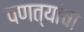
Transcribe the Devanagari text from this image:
पणत्यांचा